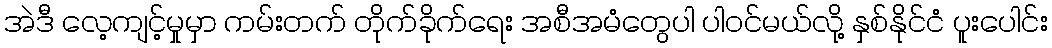
အဲဒီ လေ့ကျင့်မှုမှာ ကမ်းတက် တိုက်ခိုက်ရေး အစီအမံတွေပါ ပါဝင်မယ်လို့ နှစ်နိုင်ငံ ပူးပေါင်း